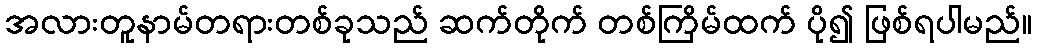
အလားတူနာမ်တရားတစ်ခုသည် ဆက်တိုက် တစ်ကြိမ်ထက် ပို၍ ဖြစ်ရပါမည်။